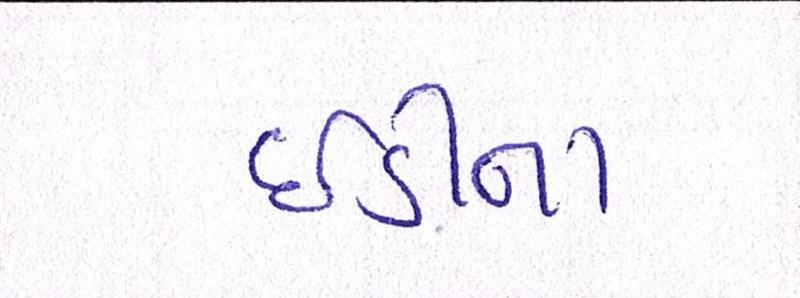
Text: ઇડીના